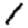
Digit: 1